Indian journal of veterinary science and animal husbandry - Volume 2,
Year: 1932
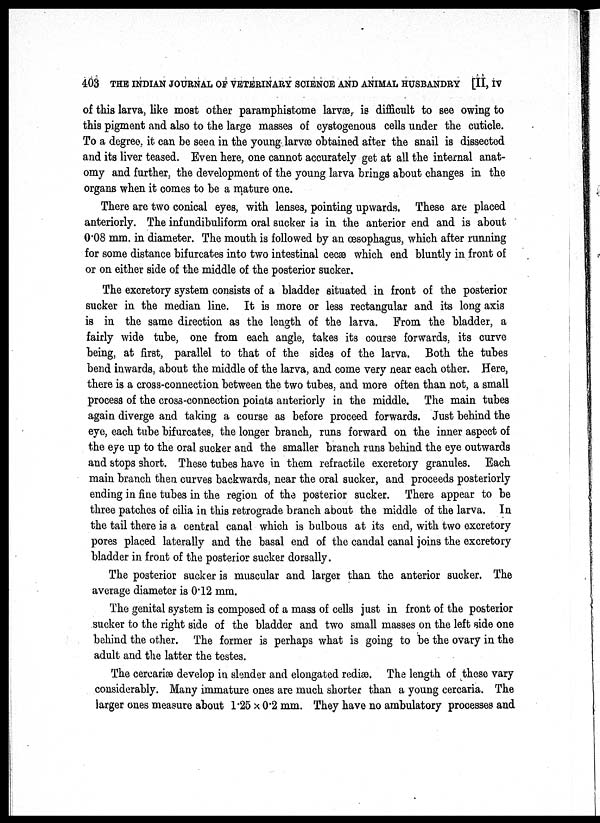
403 THE INDIAN JOURNAL OF VETERINARY SCIENCE AND ANIMAL HUSBANDRY [II, IV
of this larva, like most other paramphistome larvæ, is difficult to see owing to
this pigment and also to the large masses of cystogenous cells under the cuticle.
To a degree, it can be seen in the young larvæ obtained after the snail is dissected
and its liver teased. Even here, one cannot accurately get at all the internal anat-
omy and further, the development of the young larva brings about changes in the
organs when it comes to be a mature one.
There are two conical eyes, with lenses, pointing upwards. These are placed
anteriorly. The infundibuliform oral sucker is in the anterior end and is about
0.08 mm. in diameter. The mouth is followed by an oesophagus, which after running
for some distance bifurcates into two intestinal cecæ which end bluntly in front of
or on either side of the middle of the posterior sucker.
The excretory system consists of a bladder situated in front of the posterior
sucker in the median line. It is more or less rectangular and its long axis
is in the same direction as the length of the larva. From the bladder, a
fairly wide tube, one from each angle, takes its course forwards, its curve
being, at first, parallel to that of the sides of the larva. Both the tubes
bend inwards, about the middle of the larva, and come very near each other. Here,
there is a cross-connection between the two tubes, and more often than not, a small
process of the cross-connection points anteriorly in the middle. The main tubes
again diverge and taking a course as before proceed forwards. Just behind the
eye, each tube bifurcates, the longer branch, runs forward on the inner aspect of
the eye up to the oral sucker and the smaller branch runs behind the eye outwards
and stops short. These tubes have in them refractile excretory granules. Each
main branch then, curves backwards, near the oral sucker, and proceeds posteriorly
ending in fine tubes in the region of the posterior sucker. There appear to be
three patches of cilia in this retrograde branch about the middle of the larva. In
the tail there is a central canal which is bulbous at its end, with two excretory
pores placed laterally and the basal end of the candal canal joins the excretory
bladder in front of the posterior sucker dorsally.
The posterior sucker is muscular and larger than the anterior sucker. The
average diameter is 0.12 mm.
The genital system is composed of a mass of cells just in front of the posterior
sucker to the right side of the bladder and two small masses on the left side one
behind the other. The former is perhaps what is going to be the ovary in the
adult and the latter the testes.
The cercariæ develop in slender and elongated rediæ. The length of these vary
considerably. Many immature ones are much shorter than a young cercaria. The
larger ones measure about 1.25 × 0.2 mm. They have no ambulatory processes and